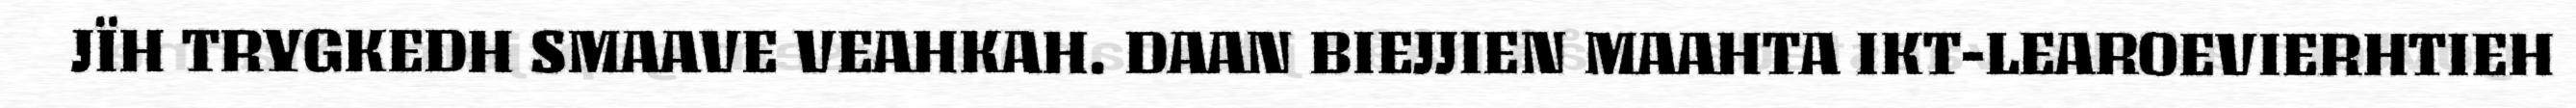
JÏH TRYGKEDH SMAAVE VEAHKAH. DAAN BIEJJIEN MAAHTA IKT-LEAROEVIERHTIEH